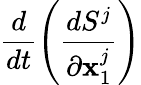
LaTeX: \frac{d}{dt}\left(\frac{dS^{j}}{\partial\textbf{x}_{1}^{j}}\right)